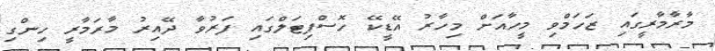
މާރާމާރީގައި ޒަހަމްވި މީހާއަށް މިހާރު އޭޑީކޭ ހޮސްޕިޓަލްގައި ފަރުވާ ދޭއިރު މާރަމާރީ ހިންގި